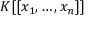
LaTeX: K [ [ x _ { 1 } , \ldots , x _ { n } ] ]